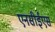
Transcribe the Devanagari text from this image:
एनसीईएस